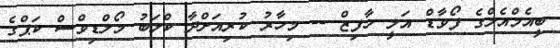
ބީއެމްއެލްގެ ފޯވާޑް އަލީ ހާފިޒް -- މިހާރު ކުރިއަށްދާ ކްލަބު މޯލްޑިވްސް ކަޕްގެ